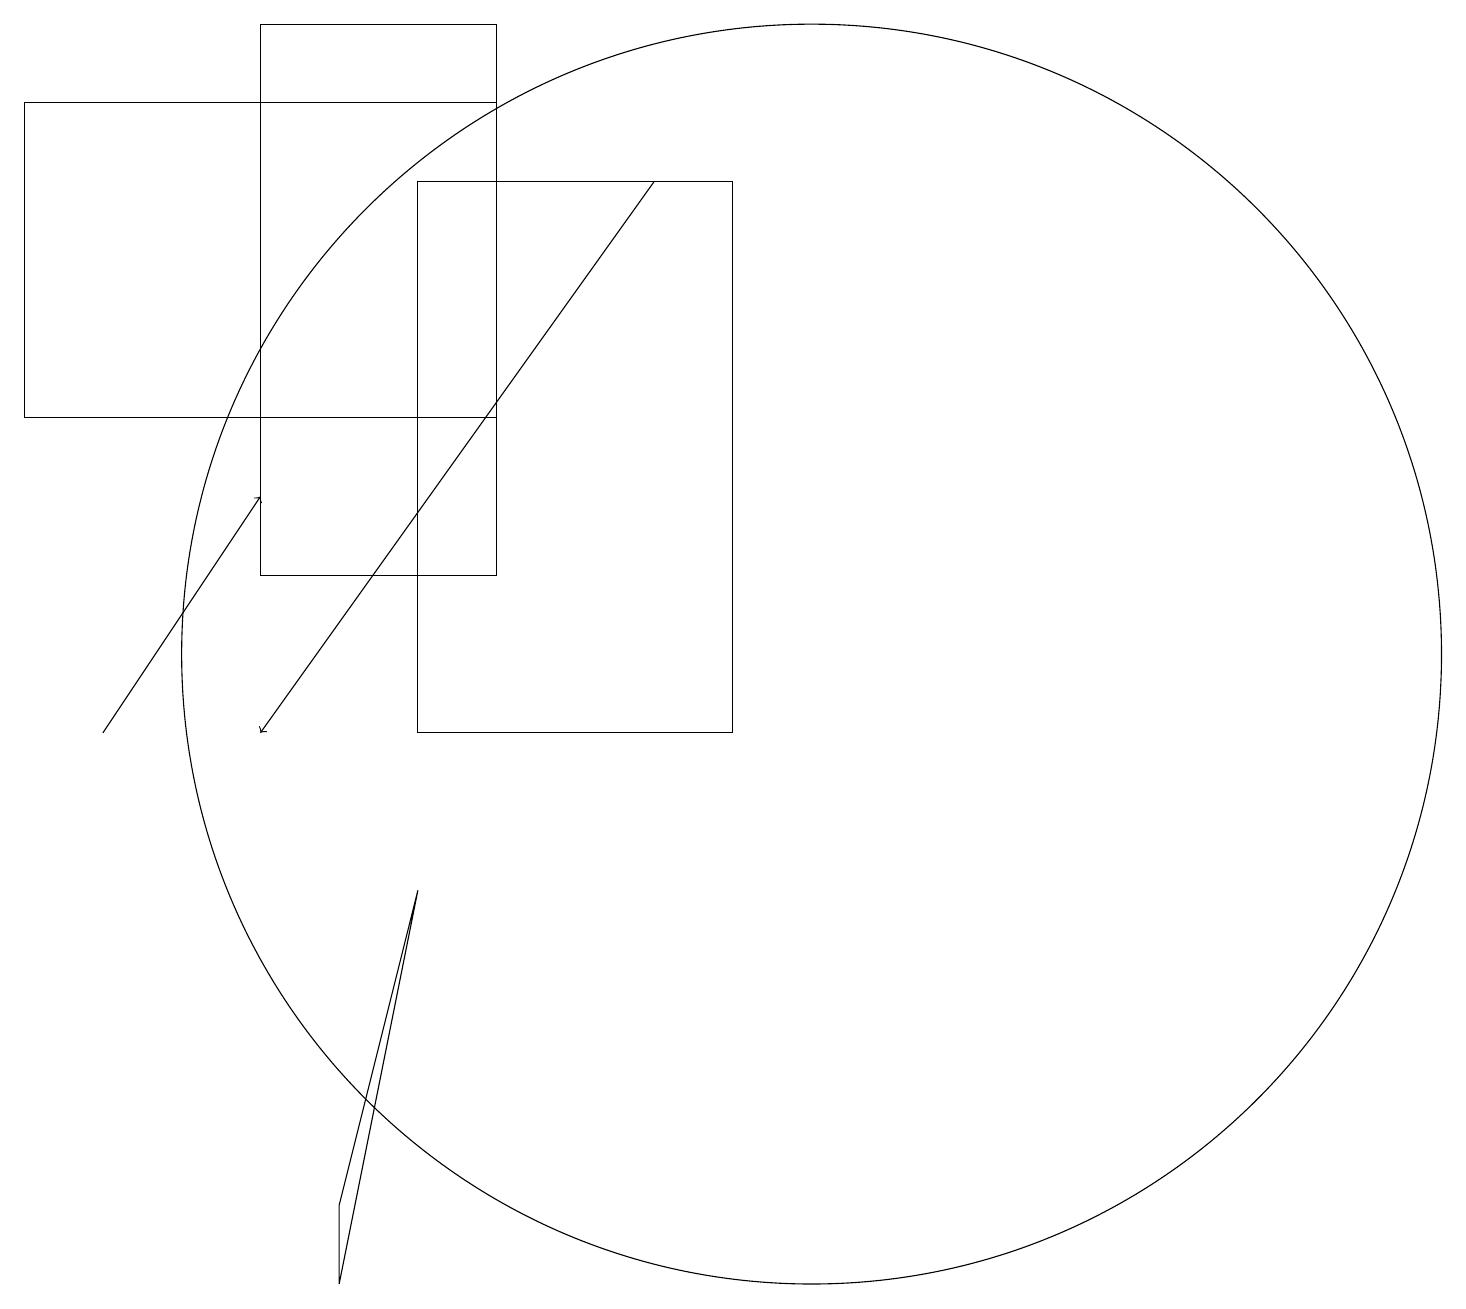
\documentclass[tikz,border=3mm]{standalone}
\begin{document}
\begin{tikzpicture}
\draw (10,11) circle (8);
\draw[->] (1,10) -- (3,13);
\draw (5,8) -- (4,4) -- (4,3) -- cycle;
\draw (0,14) rectangle (6,18);
\draw (3,19) rectangle (6,12);
\draw[->] (8,17) -- (3,10);
\draw (5,10) rectangle (9,17);
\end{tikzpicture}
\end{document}